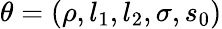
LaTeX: \theta=(\rho,l_{1},l_{2},\sigma,s_{0})